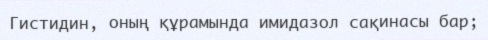
Гистидин, oның құрамында имидазол сақинасы бар;